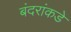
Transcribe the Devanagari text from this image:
बंदरांकडे